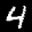
Label: 4